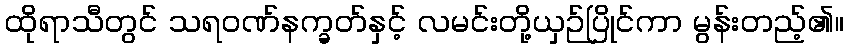
ထိုရာသီတွင် သရဝဏ်နက္ခတ်နှင့် လမင်းတို့ယှဉ်ပြိုင်ကာ မွန်းတည့်၏။